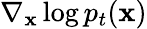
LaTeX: \nabla_{\mathbf{x}}\log p_{t}(\mathbf{x})